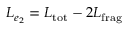
L _ { e _ { 2 } } = L _ { \mathrm { t o t } } - 2 L _ { \mathrm { f r a g } }